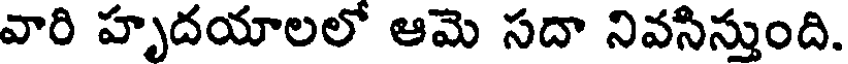
వారి హృదయాలలో ఆమె సదా నివసిస్తుంది.